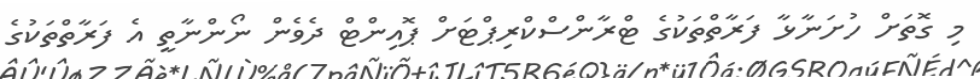
މި ގޮތަށް ހުށަނާޅާ ފަރާތްތަކުގެ ޓްރާންސްކްރިޕްޓަށް ޕޮއިންޓް ދެވެން ނޯންނާތީ އެ ފަރާތްތަކުގެ